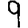
Digit: 9